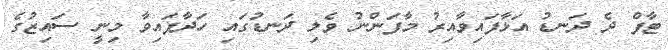
ޓާފް ދެ ދަނޑު އަޅާފައިވާއިރު މާފަންނު ވެލި ދަނޑުގައި ހަދާފައިވާ މިނީ ސައިޒުގެ